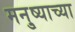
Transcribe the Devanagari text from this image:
मनु्ष्याच्या